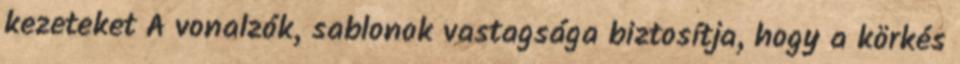
kezeteket A vonalzók, sablonok vastagsága biztosítja, hogy a körkés